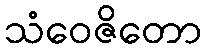
သံဝေဇိတော